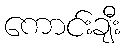
ကောင်းချီး